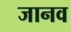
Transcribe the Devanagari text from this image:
जानव